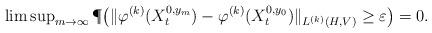
LaTeX: \begin{align*} \limsup\nolimits_{ m \to \infty } \P\big( \|\varphi^{(k)}(X^{0,y_m}_t)-\varphi^{(k)}(X^{0,y_0}_t)\|_{ L^{(k)}(H,V) } \geq \varepsilon \big) =0.\end{align*}